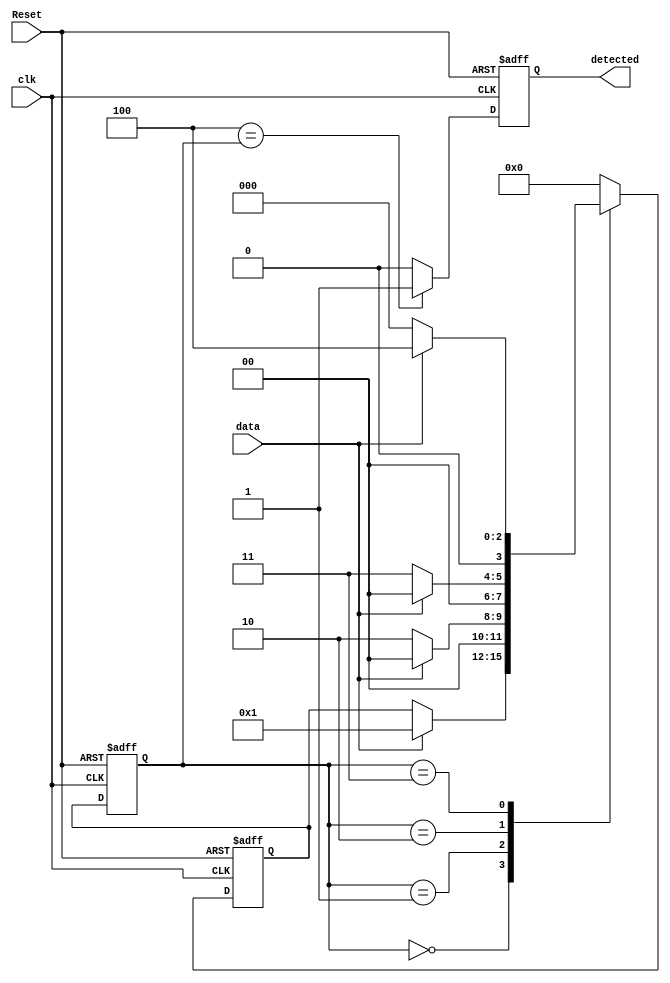
/***********************************************
Module Name:   sequence_detect
Feature:       Sequence detect with FSM
               An example for the book
Coder:         Garfield
Organization:  xxxx Group, Department of Architecture
------------------------------------------------------
Input ports:   clk: System clock @ XXX MHz
               Reset: System reset
               data: data in bit, LSB in advance
Output Ports:  detected: Flag for sequence detected, 1 for true, eles 0
------------------------------------------------------
History:
04-01-2014: First Version by Garfield
04-01-2014: Verified by Garfield with sequence_detect_test in Modelsim
***********************************************/
`define STATE_IDLE  0
`define STATE_BIT0  1
`define STATE_BIT1  2
`define STATE_BIT2  3
`define STATE_BIT3  4
//State defination
`define SYNC_CODE   4'b1001
//Sequence to be detected

module sequence_detect
  ( 
    input clk,
    input Reset,
    input data,
    output reg detected
  );

//Defination for Varables in the module
reg[3:0] state;
reg[3:0] next_state;
//State variables

wire[3:0] detecting_sequnce;

//Logicals
//Combanitory logicals
assign detecting_sequnce = `SYNC_CODE;

//Timing
always @ (posedge clk or negedge Reset)
//Statement management part
begin
    if (!Reset)
    //Reset enable
    begin
        next_state <= `STATE_IDLE;
    end
    else 
    //state change
    begin
        case (state)
            `STATE_IDLE:
            //Idle statement, waiting for bit 0
            begin
                if ( data == detecting_sequnce[0])
                //Bit 0 detected
                begin
                    next_state <= `STATE_BIT0;
                end
                else
                begin
                end
            end
            
            `STATE_BIT0:
            //Bit0 statement, waiting for bit 1 or return idle
            begin
                if ( data == detecting_sequnce[1])
                //Bit 1 detected
                begin
                    next_state <= `STATE_BIT1;
                end
                else
                //Return idle statement
                begin
                    next_state <= `STATE_IDLE;
                end
            end
            
            `STATE_BIT1:
            //Bit1 statement, waiting for bit 2 or return idle
            begin
                if ( data == detecting_sequnce[2])
                //Bit 2 detected
                begin
                    next_state <= `STATE_BIT2;
                end
                else
                //Return idle statement
                begin
                    next_state <= `STATE_IDLE;
                end
            end
            
            `STATE_BIT2:
            //Bit2 statement, waiting for bit 3 or return idle
            begin
                if ( data == detecting_sequnce[3])
                //Bit 2 detected
                begin
                    next_state <= `STATE_BIT3;
                end
                else
                //Return idle statement
                begin
                    next_state <= `STATE_IDLE;
                end
            end
            
            `STATE_BIT3:
            //Bit3 statement, return idle
            begin
            //Return idle statement
                next_state <= `STATE_IDLE;
            end
            
            default:
            begin
            //Return idle statement
                next_state <= `STATE_IDLE;
            end
        endcase
    end
end

always @ (posedge clk or negedge Reset)
//State part
begin
    if (!Reset)
    //Reset enable
    begin
        state <= `STATE_IDLE;
    end
    else 
    //State change
    begin
        state <= next_state;
    end
end

always @ (posedge clk or negedge Reset)
//Output part
begin
    if (!Reset)
    //Reset enable
    begin
        detected <= 1'b0;
    end
    else if (`STATE_BIT3 == state)
    //Sequence detected
    begin
        detected <= 1'b1;
    end
    else 
    //Idle and detecting
    begin
        detected <= 1'b0;
    end
end

endmodule